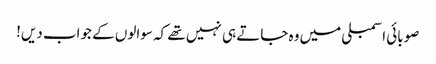
صوبائی اسمبلی میں وہ جاتے ہی نہیں تھے کہ سوالوں کے جواب دیں!